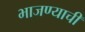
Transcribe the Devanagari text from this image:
भाजण्याची